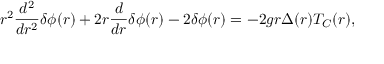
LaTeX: r ^ { 2 } \frac { d ^ { 2 } } { d r ^ { 2 } } { \delta } { \phi } ( r ) + 2 r \frac { d } { d r } { \delta } { \phi } ( r ) - 2 { \delta } { \phi } ( r ) = - 2 g r { \Delta } ( r ) T _ { C } ( r ) ,